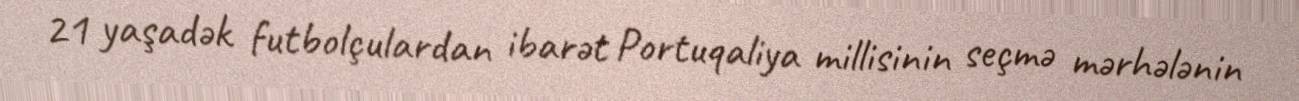
21 yaşadək futbolçulardan ibarət Portuqaliya millisinin seçmə mərhələnin